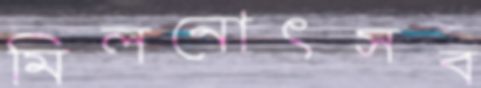
মিলনোৎসব